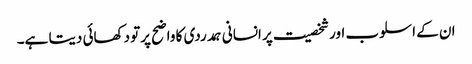
ان کے اسلوب اور شخصیت پر انسانی ہمدردی کا واضح پرتو دکھائی دیتا ہے۔